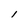
Character: l